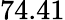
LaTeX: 74.41